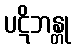
ပဋိဘန္တု